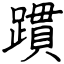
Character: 躀